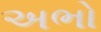
અભો